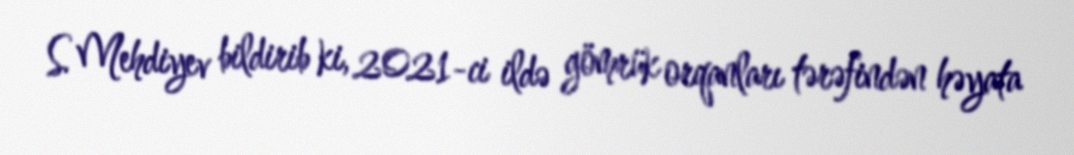
S. Mehdiyev bildirib ki, 2021-ci ildə gömrük orqanları tərəfindən həyata